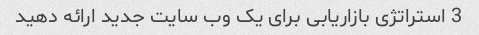
3 استراتژی بازاریابی برای یک وب سایت جدید ارائه دهید